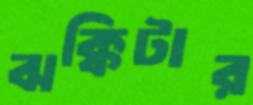
ঝক্কিটার